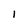
Character: i